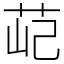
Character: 䒻